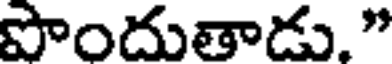
పొందుతాడు."